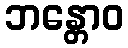
ဘန္တောဝ